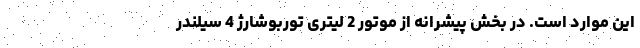
این موارد است. در بخش پیشرانه از موتور 2 لیتری توربوشارژ 4 سیلندر